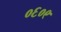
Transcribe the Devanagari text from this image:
०६०९